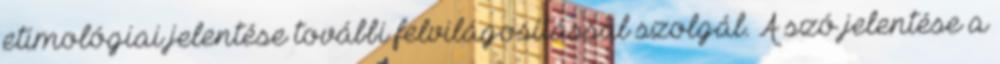
etimológiai jelentése további felvilágosítással szolgál. A szó jelentése a